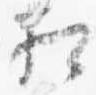
相